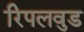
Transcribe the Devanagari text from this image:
रिपलवुड